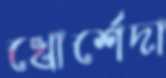
খোর্শেদা